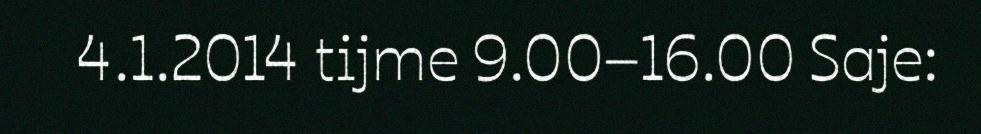
4.1.2014 tijme 9.00–16.00 Saje: